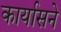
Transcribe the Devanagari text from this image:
कार्यासने